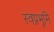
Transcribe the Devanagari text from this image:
स्वप्नभूमि